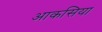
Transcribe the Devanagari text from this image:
आकसिया